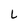
Character: L